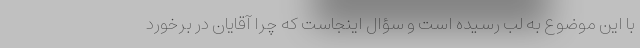
با این موضوع به لب رسیده است و سؤال اینجاست که چرا آقایان در برخورد